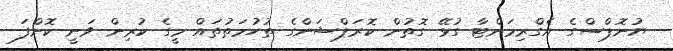
ޔުނޮޕްސްގެ އެގްރިމަންޓާ ގުޅޭ ގޮތުން ކޮރަޕްޝަންގެ ތުހުމަތުތައް މީގެ ކުރިން ވަނީ ކޮށްފަ